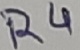
Text: R4